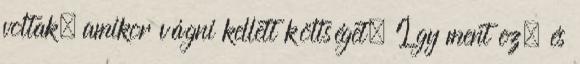
voltak, amikor vágni kellett költséget. Így ment ez, és